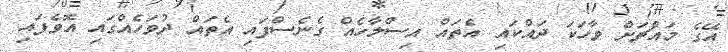
އޭގެ މައްޗަށް ވާހަކަ ދައްކައި އެތައް އިސްލާހެއް ގެނެސްފައި އެތައް ދުވަހެއްގައި އޮވެފައި